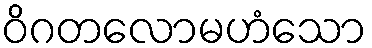
ဝိဂတလောမဟံသော